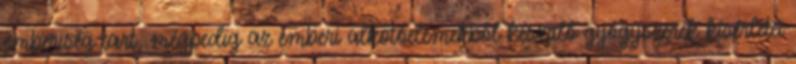
emberiség tart, mégpedig az emberi alkotóelemekből készülő gyógyszerek kísérletei